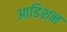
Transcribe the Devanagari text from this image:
आडिशन